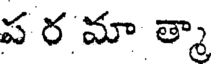
ప ర మా త్మా